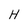
Character: H